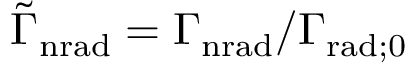
\tilde { \Gamma } _ { \mathrm { n r a d } } = \Gamma _ { \mathrm { n r a d } } / \Gamma _ { \mathrm { r a d } ; 0 }